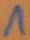
Text: 1